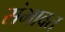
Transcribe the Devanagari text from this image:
संभावत